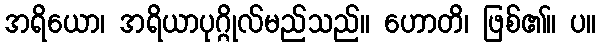
အရိယော၊ အရိယာပုဂ္ဂိုလ်မည်သည်။ ဟောတိ၊ ဖြစ်၏။ ပ။